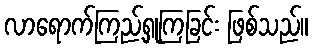
လာရောက်ကြည့်ရှုကြခြင်း ဖြစ်သည်။